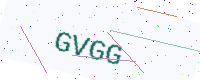
Text: GVGG